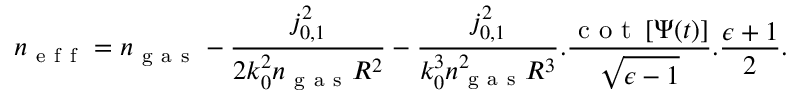
n _ { \mathrm { ~ e ~ f ~ f ~ } } = n _ { \mathrm { ~ g ~ a ~ s ~ } } - \frac { j _ { 0 , 1 } ^ { 2 } } { 2 k _ { 0 } ^ { 2 } n _ { \mathrm { ~ g ~ a ~ s ~ } } R ^ { 2 } } - \frac { j _ { 0 , 1 } ^ { 2 } } { k _ { 0 } ^ { 3 } n _ { \mathrm { ~ g ~ a ~ s ~ } } ^ { 2 } R ^ { 3 } } . \frac { \mathrm { ~ c ~ o ~ t ~ } \left[ \Psi ( t ) \right] } { \sqrt { \epsilon - 1 } } . \frac { \epsilon + 1 } { 2 } .